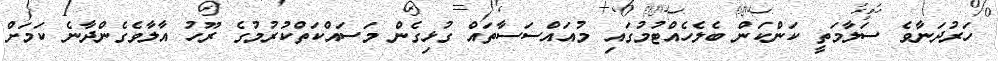
ހަރުދަނާވެ ސަލާމަތީ ކަންކަން ބެލެހެއްޓުމުގައި މުއައްސަސާތައް ގުޅިގެން މަސައްކަތްކުރުމުގެ ރޫހު އާލާވެގެންދާނެ ކަމަށް